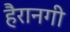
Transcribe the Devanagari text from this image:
हैरानगी